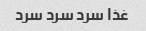
غذا سرد سرد سرد